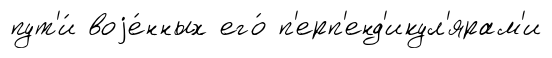
пут'и́ воjе́нных его́ п'ерп'енд'икул'ярам'и